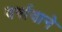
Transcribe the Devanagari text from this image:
वर्षावाने